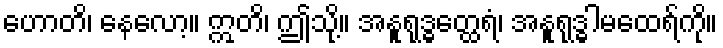
ဟောတိ၊ နေလော့။ ဣတိ၊ ဤသို့။ အနူရုဒ္ဓတ္ထေရံ၊ အနူရုဒ္ဓါမထေရ်ကို။